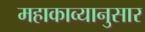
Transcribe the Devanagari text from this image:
महाकाव्यानुसार